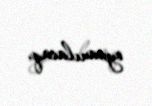
oynanılacaq.